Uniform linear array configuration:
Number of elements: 12
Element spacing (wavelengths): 1
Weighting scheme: kaiser
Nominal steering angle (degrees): -30
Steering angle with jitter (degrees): -30.458
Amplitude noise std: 0.05
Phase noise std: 0.05

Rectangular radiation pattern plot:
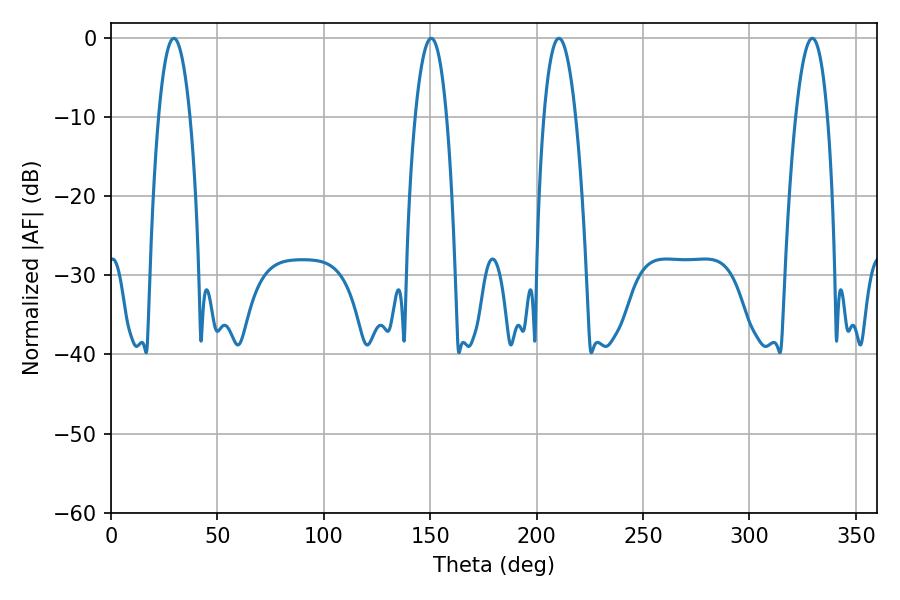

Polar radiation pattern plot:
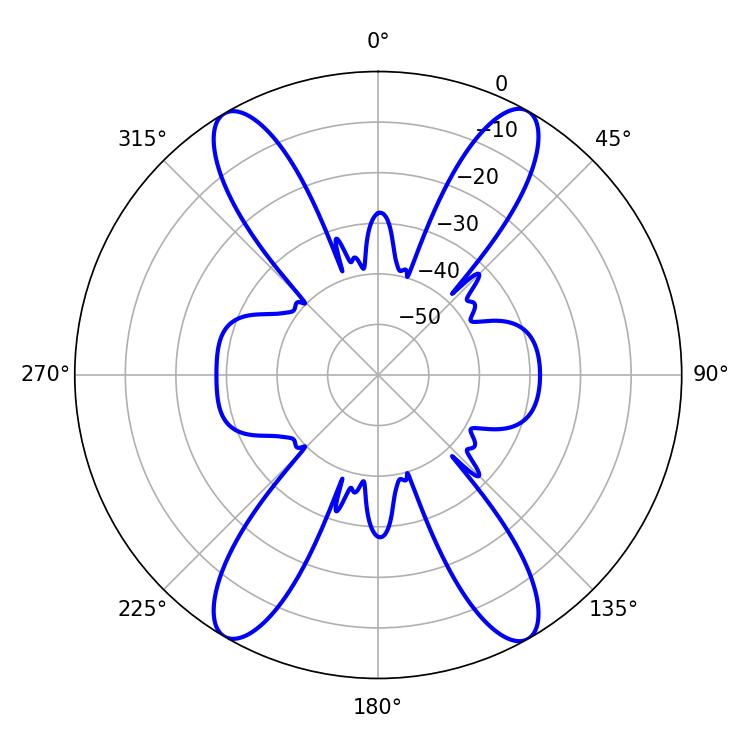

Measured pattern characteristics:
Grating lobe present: TRUE
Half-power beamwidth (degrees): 8.1
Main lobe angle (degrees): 150.48